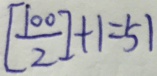
[ \frac { 1 0 0 } { 2 } ] + 1 = 5 1